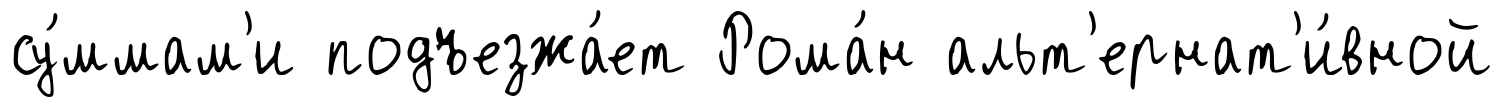
су́ммам'и подъезжа́ет Рома́н альт'ернат'и́вной